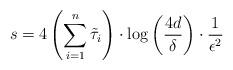
LaTeX: \begin{align*} s = 4 \left( \sum_{i=1}^n \tilde \tau_i \right) \cdot \log\left(\frac{4d}{\delta}\right) \cdot \frac{1}{\epsilon^2}\end{align*}